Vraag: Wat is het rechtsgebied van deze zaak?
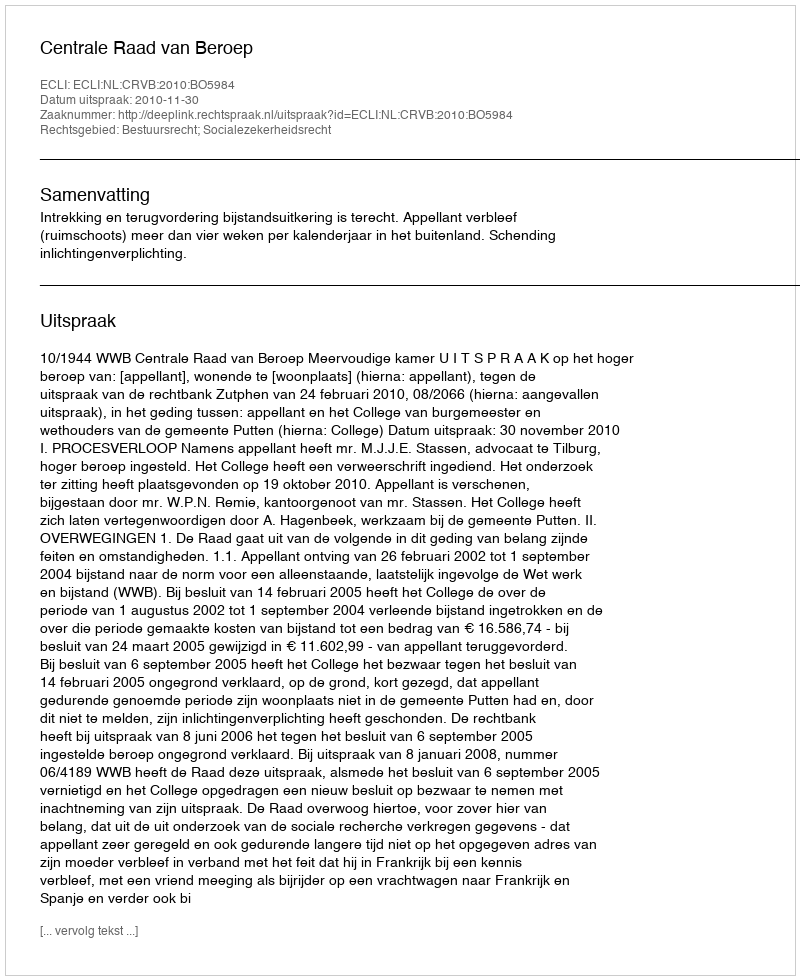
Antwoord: Bestuursrecht; Socialezekerheidsrecht